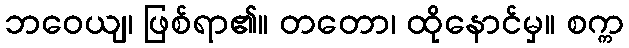
ဘဝေယျ၊ ဖြစ်ရာ၏။ တတော၊ ထိုနောင်မှ။ စက္က